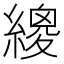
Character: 繌